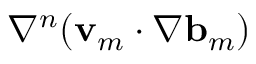
\nabla ^ { n } ( \ensuremath { \mathbf { v } } _ { m } \cdot \nabla \ensuremath { \mathbf { b } } _ { m } )